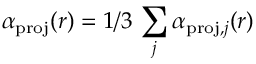
\alpha _ { \mathrm { p r o j } } ( r ) = 1 / 3 \, \sum _ { j } \alpha _ { \mathrm { p r o j } , j } ( r )